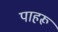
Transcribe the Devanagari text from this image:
पाहरू